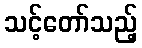
သင့်တော်သည့်